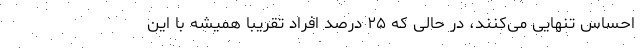
احساس تنهایی می‌کنند، در حالی که ۲۵ درصد افراد تقریباً همیشه با این